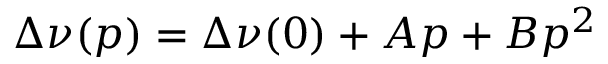
\Delta \nu ( p ) = \Delta \nu ( 0 ) + A p + B p ^ { 2 }